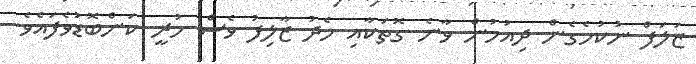
ޒަލަފް ނުކުމެގެން ދިއުމުން ވާނެ ގޮތަކާއި މެދު ޒާލިފު ވެސް ހުރީ ކަންބޮޑުވެފައެވެ.